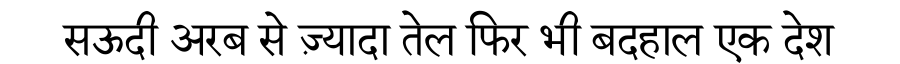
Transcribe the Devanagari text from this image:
सऊदी अरब से ज़्यादा तेल फिर भी बदहाल एक देश